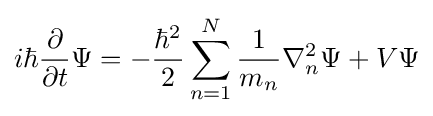
i\hbar {\frac {\partial }{\partial t}}\Psi =-{\frac {\hbar ^{2}}{2}}\sum _{n=1}^{N}{\frac {1}{m_{n}}}\nabla _{n}^{2}\Psi +V\Psi